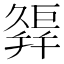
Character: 𢆩